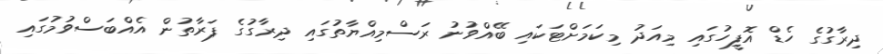
ދިރާގުގެ ހެޑް އޮފީހުގައި މިއަދު މިކަމަށްޓަކައި ބޭއްވުނު ރަސްމިއްޔާތުގައި ދިރާގުގެ ފަރާތުން އެއްބަސްވުމުގައި